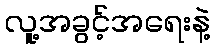
လူ့အခွင့်အရေးနဲ့